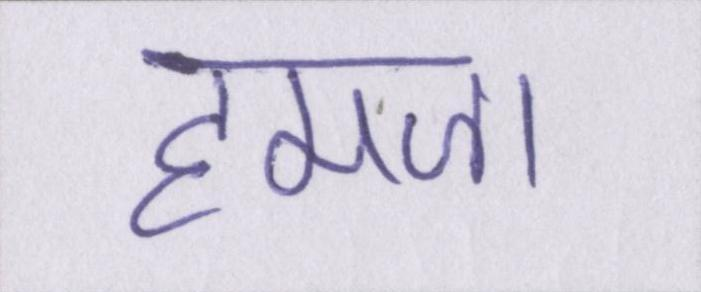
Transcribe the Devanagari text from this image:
हमजा